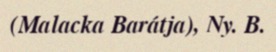
(Malacka Barátja), Ny. B.